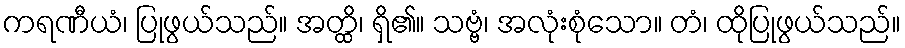
ကရဏီယံ၊ ပြုဖွယ်သည်။ အတ္ထိ၊ ရှိ၏။ သဗ္ဗံ၊ အလုံးစုံသော။ တံ၊ ထိုပြုဖွယ်သည်။